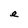
Character: e